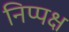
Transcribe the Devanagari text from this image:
निप्पक्ष